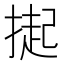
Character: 𭡳